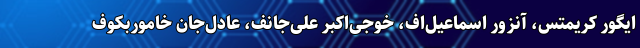
ایگور کریمتس، آنزور اسماعیل‌اف، خوجی‌اکبر علی‌جانف، عادل‌جان خاموربکوف